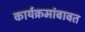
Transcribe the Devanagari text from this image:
कार्यक्रमांबाबत